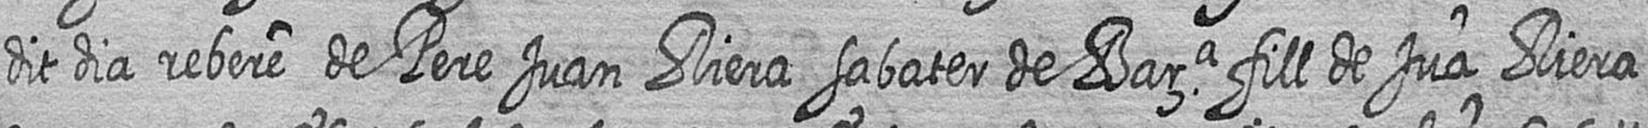
dit dia rebere de Pere Juan Riera sabater de Bara fill de Jua Riera